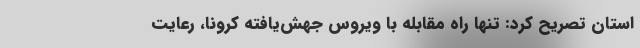
استان تصریح کرد: تنها راه مقابله با ویروس جهش‌یافته کرونا، رعایت